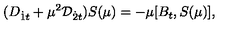
( D _ { { \dot { 1 } } t } + \mu ^ { 2 } { \cal D } _ { { \dot { 2 } } t } ) S ( \mu ) = - \mu [ B _ { t } , S ( \mu ) ] ,